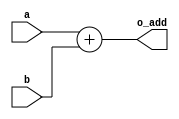
module add(a,b,o_add);

input [15:0] a, b;
output [15:0] o_add;
assign o_add = a + b;

endmodule